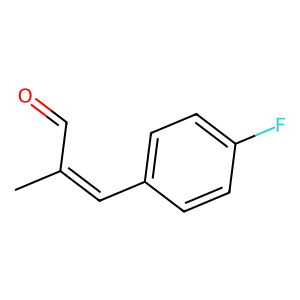
SMILES: CC(C=O)=Cc1ccc(F)cc1
Inhibits HIV replication: No